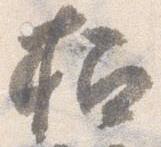
招